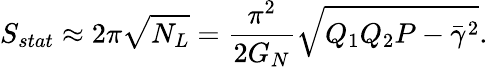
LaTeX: S_{stat}\approx 2\pi\sqrt{N_{L}}={\frac{\pi^{2}}{2G_{N}}}\sqrt{Q_{1}Q_{2}P-\bar{\gamma}^{2}}.